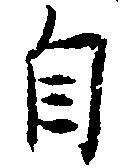
自